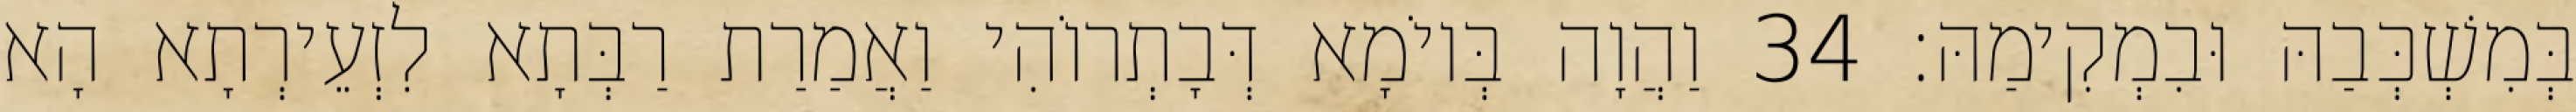
בְּמִשְׁכְּבַהּ וּבִמְקִימַהּ׃ 34 וַהֲוָה בְּיוֹמָא דְּבָתְרוֹהִי וַאֲמַרַת רַבְּתָא לִזְעֵירְתָא הָא